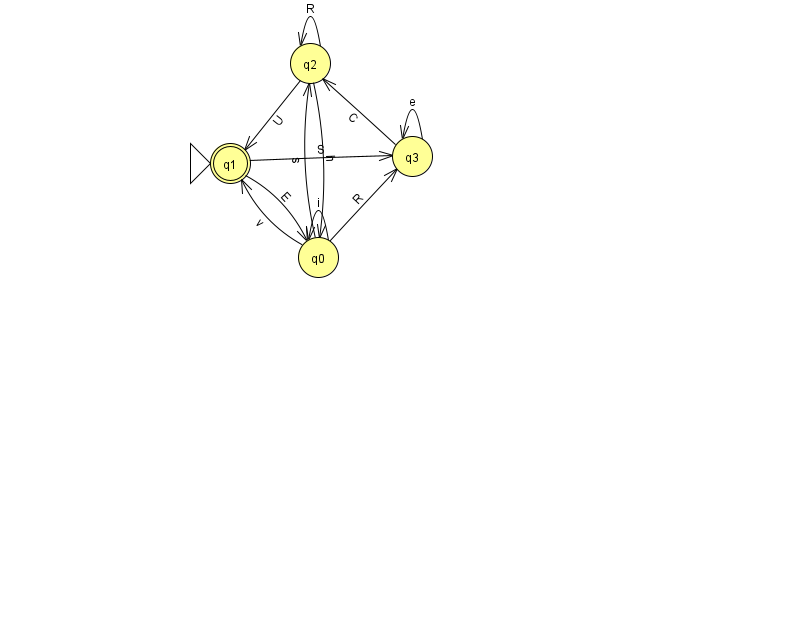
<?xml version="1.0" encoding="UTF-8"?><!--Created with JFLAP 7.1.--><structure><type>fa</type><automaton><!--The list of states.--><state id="0" name="q0"><x>318.0</x><y>244.0</y></state><state id="1" name="q1"><x>230.0</x><y>150.0</y><initial/><final/></state><state id="2" name="q2"><x>310.0</x><y>50.0</y></state><state id="3" name="q3"><x>412.0</x><y>143.0</y></state><!--The list of transitions.--><transition><from>0</from><to>3</to><read>R</read></transition><transition><from>1</from><to>3</to><read>S</read></transition><transition><from>2</from><to>1</to><read>U</read></transition><transition><from>2</from><to>2</to><read>R</read></transition><transition><from>1</from><to>0</to><read>E</read></transition><transition><from>0</from><to>2</to><read>s</read></transition><transition><from>3</from><to>3</to><read>e</read></transition><transition><from>0</from><to>1</to><read>v</read></transition><transition><from>3</from><to>2</to><read>C</read></transition><transition><from>0</from><to>0</to><read>i</read></transition><transition><from>2</from><to>0</to><read>h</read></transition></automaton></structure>